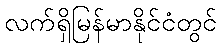
လက်ရှိမြန်မာနိုင်ငံတွင်